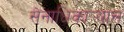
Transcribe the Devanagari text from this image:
सेनाधिकार्‍यास